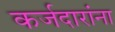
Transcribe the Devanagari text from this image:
कर्जदारांना